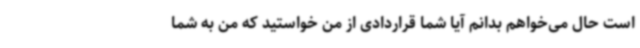
است حال می‌خواهم بدانم آیا شما قراردادی از من خواستید که من به شما